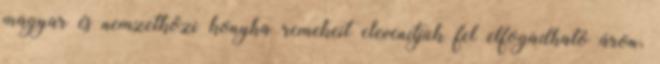
magyar és nemzetközi konyha remekeit elevenítjük fel elfogadható áron,